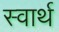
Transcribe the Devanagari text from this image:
स्‍वार्थ